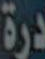
درة